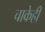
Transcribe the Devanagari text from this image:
चाकेही